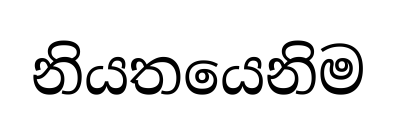
නියතයෙනිම